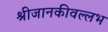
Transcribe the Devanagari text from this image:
श्रीजानकीवल्लभ